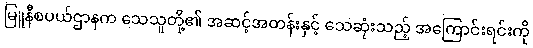
မြူနီစပယ်ဌာနက သေသူတို့၏ အဆင့်အတန်းနှင့် သေဆုံးသည့် အကြောင်းရင်းကို